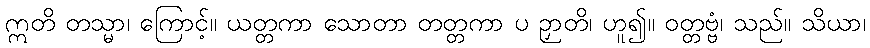
ဣတိ တသ္မာ၊ ကြောင့်။ ယတ္တကာ သောတာ တတ္တကာ ပ ဉှာတိ၊ ဟူ၍။ ဝတ္တဗ္ဗံ၊ သည်။ သိယာ၊